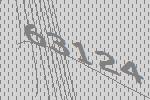
63124